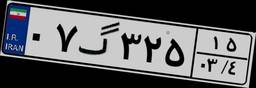
۰۷گ۳۲۵۱۵